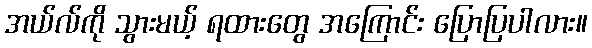
အယ်လ်ကို သွားမယ့် ရထားတွေ အကြောင်း ပြောပြပါလား။